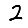
Digit: 2